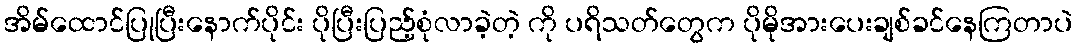
အိမ်ထောင်ပြုပြီးနောက်ပိုင်း ပိုပြီးပြည့်စုံလာခဲ့တဲ့ ကို ပရိသတ်တွေက ပိုမိုအားပေးချစ်ခင်နေကြတာပဲ